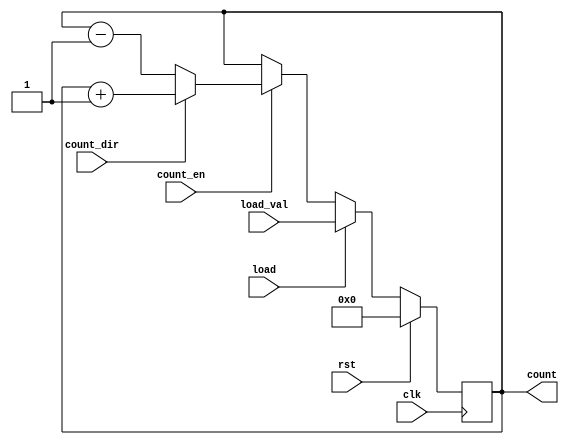
module SynchronousLoadCounter (
    input wire clk,               // Clock input
    input wire rst,               // Synchronous reset
    input wire load,              // Load control signal
    input wire [7:0] load_val,    // Value to load into the counter
    input wire count_en,          // Count enable signal
    input wire count_dir,         // Count direction: 1 for up, 0 for down
    output reg [7:0] count        // Current count value
);

    // Synchronous reset and load logic
    always @(posedge clk) begin
        if (rst) begin
            count <= 8'b0;         // Reset the counter to 0
        end else if (load) begin
            count <= load_val;     // Load the specified value
        end else if (count_en) begin
            if (count_dir) begin
                count <= count + 1; // Increment the counter
            end else begin
                count <= count - 1; // Decrement the counter
            end
        end
    end

endmodule